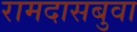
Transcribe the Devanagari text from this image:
रामदासबुवा